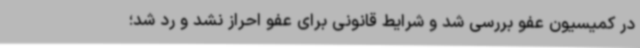
در کمیسیون عفو بررسی شد و شرایط قانونی برای عفو احراز نشد و رد شد؛